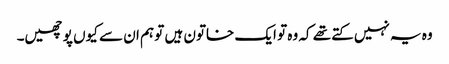
وہ یہ نہیں کتے تھے کہ وہ تو ایک خاتون ہیں تو ہم ان سے کیوں پوچھیں۔